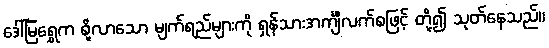
ဒေါ်မြရွှေက စို့လာသော မျက်ရည်များကို ရှန်သားအင်္ကျီလက်စဖြင့် တို့၍ သုတ်နေသည်။